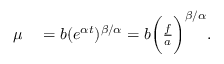
\begin{array} { r l } { \mu } & { { } = b ( e ^ { \alpha t } ) ^ { \beta / \alpha } = b \bigg ( \frac { f } { a } \bigg ) ^ { \beta / \alpha } . } \end{array}